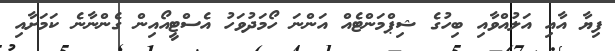
ފިޔާ އާއި އަލުއްވާއި ބިހުގެ ޝިޕްމަންޓެއް އަންނަ ހޯމަދުވަހު އެސްޓީއޯއިން ގެންނާނެ ކަމަށާއި